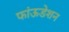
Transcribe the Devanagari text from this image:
फांऊडेशन